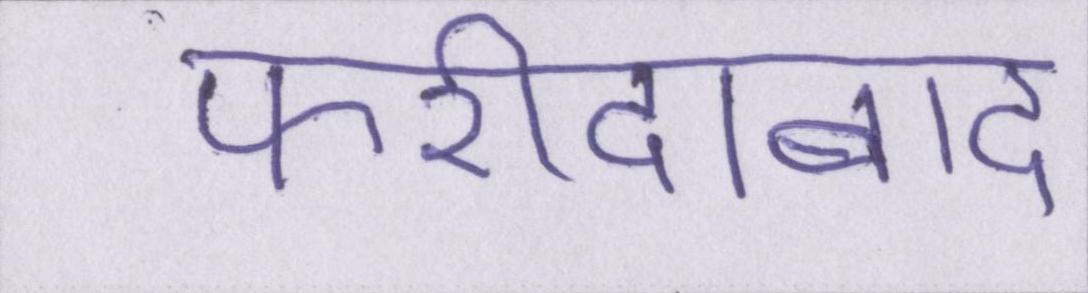
फरीदाबाद